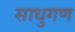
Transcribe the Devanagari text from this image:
साधुगण